Calcutta medical institutions reports 1871-78
Year: 1871
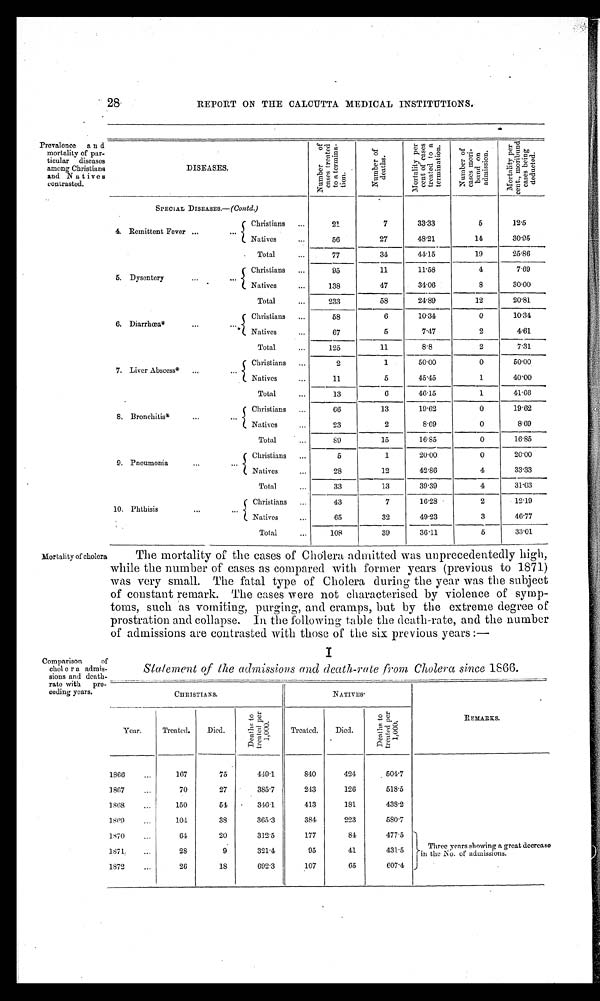
28
REPORT ON THE CALCUTTA MEDICAL INSTITUTIONS.
Prevalence and
mortality of par
-
ticular diseases
among Christians
and Natives
contrasted.
DISEASES.
N u m b e r o f c a s e s t r e a t e d t o a t o r m i n a - t i o n .
N u m b e r o f d e a t h s . M o r t a l i t y p e r c e n t o f c a s e s t r e a t e d t o a t e r m i n a t i o n .
N u m b e r o f c a s e s m o r i -
b u n d o n a d m i s s i o n .
M o r t a l i t y p e r c e n t , m o r i b u n d c a s e s b e i n g d e d u c t e d .
SPECIAL DISEASES.—(Contd. )
4. Remittent Fever
Christians
21
7
33.33
5
12.5
Natives
56
27
4 8 . 2 1
14
30.95
Total
77
34
4 4 . 1 5
19
25.86
5 . D y s e n t e r y
Christians
95
11
11.58
4
7.69
Natives
138
47
34.06
8
30.00
Total
233
58
2 4 . 8 9
12
20.81
6. Diarrhœa.*
Christians
58
6
1 0 . 3 4
0
1 0 . 3 4
Natives
67
5
7.47
2
4.61
Total
125
11
8.8
2
7.31
7. Liver Abscess*
Christians
2
1
50.00
0
50.00
Natives
11
5
45.45
1
40.00
Total
13
6
46.15
1
41.66
8. Bronchitis*
Christians
6 6
13
1 9 . 6 2
0
19.62
Natives
23
2
8.09
0
8.69
Total
89
15
1 6 . 8 5
0
16.85
9. Pneumonia
Christians
5
1
20.00
0
20.00
Natives
28
12
42.86
4
33.33
Total
33
13
39.39
4
31.03
10. Phthisis
Christians
43
7
16.28
2
12.19
Natives
65
32
49.23
3
46.77
Total
108
39
36.11
5
33.01
Mortality of cholera
The mortality of the cases of Cholera admitted was unprecedentedly high,
while the number of cases as compared with former years (previous to 1871)
was very small. The fatal type of Cholera during the year was the subject
of constant remark. The cases were not characterised by violence of symp-
toms, such as vomiting, purging, and cramps, but by the extreme degree of
prostration and collapse. ln the following table the death-rate, and the number
of admissions are contrasted with those of the six previous years:—
I
Comparison of
cholera admis-
sions and death-
rate with pre-
ceding years.
Statement of the admissions and death-rate from Cholera since 1866.
C H R I S T I A N S .
NATIVES
REMARKS.
Year.
Treated.
Died.
D e a t h s t o t r e a t e d p e r 1 , 0 0 0 .
Treated.
Died.
D e a t h s t o t r e a t e d p e r 1 , 0 0 0 .
1866
167
75
449.1
840
424
504.7
1867
70
27
3 8 5 . 7
243
126
518.5
1868
150
54
. 346.1
413
181
438.2
1869
104
38
365.3
384
223
580.7
1870
64
20
312.5
177
84
477.5
Three years showing a great
decrease in the No. of admissions.
1871
28
9
321.4
95
41
431.5
1872
26
18
692.3
107
65
607.4